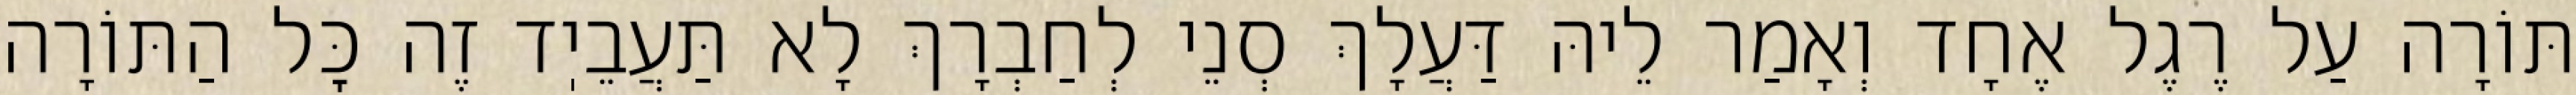
תּוֹרָה עַל רֶגֶל אֶחָד וְאָמַר לֵיהּ דַּעֲלָךְ סְנֵי לְחַבְרָךְ לָא תַּעֲבֵיֽד זֶה כׇּל הַתּוֹרָה